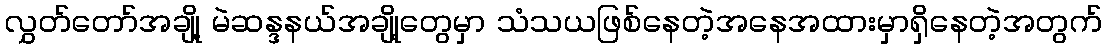
လွှတ်တော်အချို့ မဲဆန္ဒနယ်အချို့တွေမှာ သံသယဖြစ်နေတဲ့အနေအထားမှာရှိနေတဲ့အတွက်